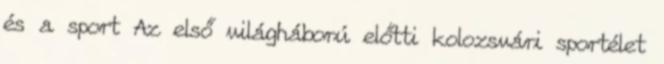
és a sport Az első világháború előtti kolozsvári sportélet